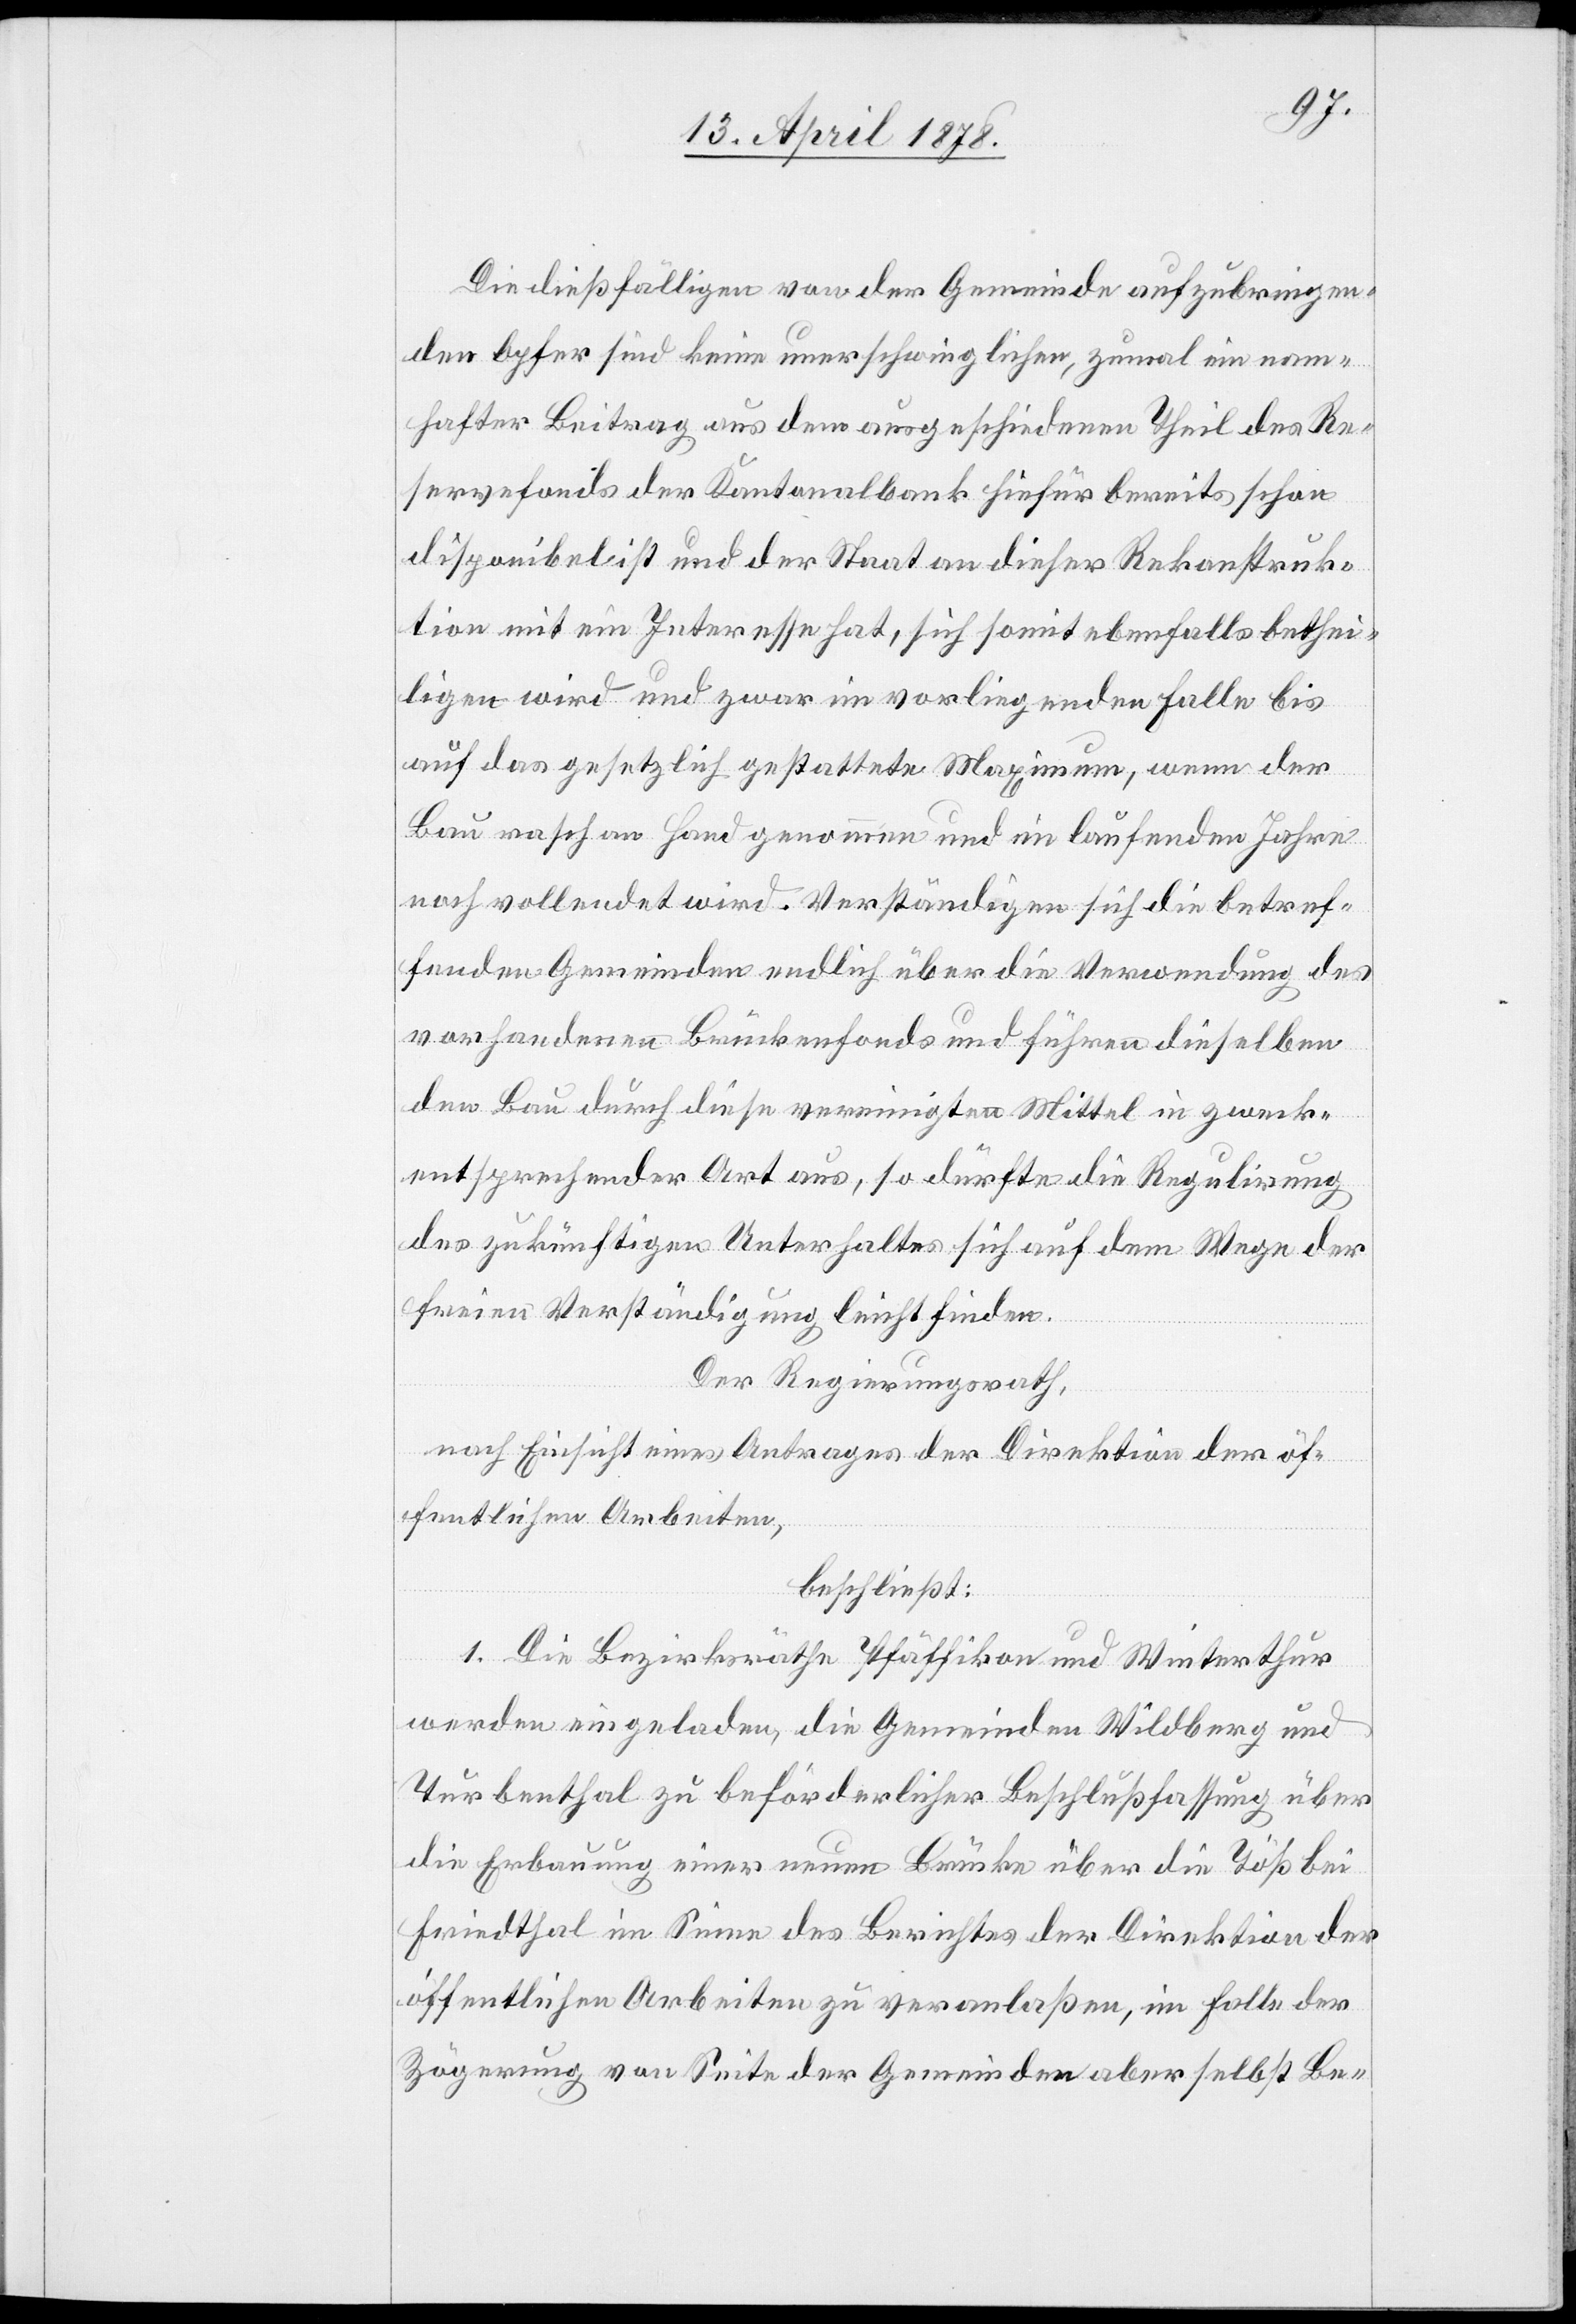
Die dießfälligen von der Gemeinde aufzubringen¬
den Opfer sind keine unerschwinglichen, zumal ein nam¬
hafter Beitrag aus dem ausgeschiedenen Theil des Re¬
servefonds der Kantonalbank hiefür bereits schon
disponibel ist und der Staat an dieser Rekonstruk¬
tion mit ein Interesse hat, sich somit ebenfalls bethei¬
ligen wird und zwar im vorliegenden Falle bis
auf das gesetzlich gestattete Maximum, wenn der
Bau rasch an Hand genommen und im laufenden Jahre
noch vollendet wird. Verständigen sich die betref¬
fenden Gemeinden endlich über die Verwendung des
vorhandenen Brückenfonds und führen dieselben
den Bau durch diese vereinigten Mittel in zweck¬
entsprechender Art aus, so dürfte die Regulirung
des zukünftigen Unterhaltes sich auf dem Wege der
freien Verständigung leicht finden.
Der Regierungsrath,
nach Einsicht eines Antrages der Direktion der öf¬
fentlichen Arbeiten,
beschließt:
1. Die Bezirksräthe Pfäffikon und Winterthur
werden eingeladen, die Gemeinden Wildberg und
Turbenthal zu beförderlicher Beschlussfassung über
die Erbauung einer neuen Brücke über die Töß bei
Friedthal im Sinne des Berichtes der Direktion der
öffentlichen Arbeiten zu veranlaßen, im Falle der
Zögerung von Seite der Gemeinde aber selbst Be-